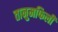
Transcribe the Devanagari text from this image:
तानुमफिली